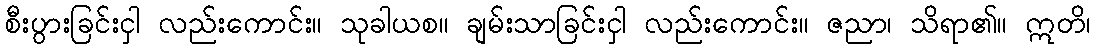
စီးပွားခြင်းငှါ လည်းကောင်း။ သုခါယစ။ ချမ်းသာခြင်းငှါ လည်းကောင်း။ ဇညာ၊ သိရာ၏။ ဣတိ၊